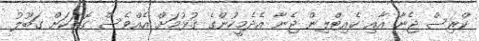
ކްރިސް ޖެނާ އާއި ކެއިޓްލިން ޖެނާ އެދެމީހުންގެ ގުޅުމަށް އެއްވެސް ގޮތަކަށް ގަބޫލު